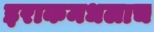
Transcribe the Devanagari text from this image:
इराकमधलाच